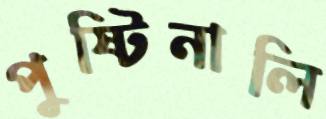
পুষ্টিনালি